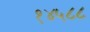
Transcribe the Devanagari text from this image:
१४५८८